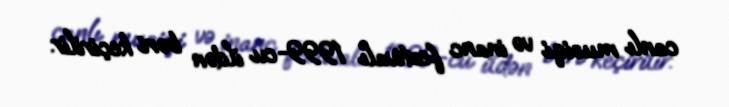
canlı musiqi və inanc festivalı 1999-cu ildən bəri keçirilir.